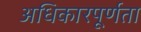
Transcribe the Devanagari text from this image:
अधिकारपूर्णता